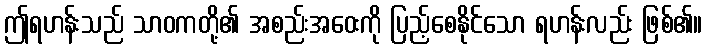
ဤရဟန်းသည် သာဝကတို့၏ အစည်းအဝေးကို ပြည့်စေနိုင်သော ရဟန်းလည်း ဖြစ်၏။